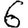
Digit: 6